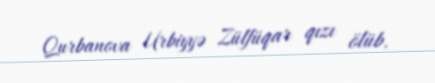
Qurbanova Urbiyyə Zülfüqar qızı ölüb.